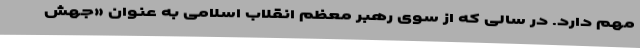
مهم دارد. در سالی که از سوی رهبر معظم انقلاب اسلامی به عنوان «جهش